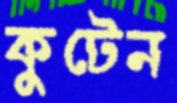
কুটেন